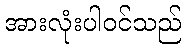
အားလုံးပါဝင်သည်